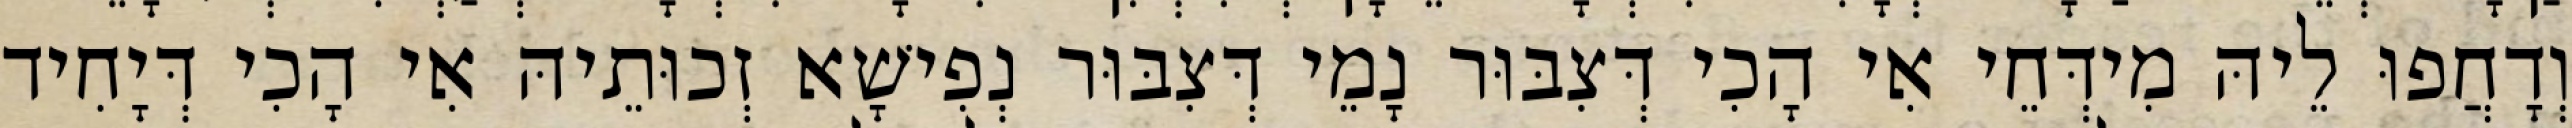
וְדָחֲפוּ לֵיהּ מִידְּחֵי אִי הָכִי דְּצִבּוּר נָמֵי דְּצִבּוּר נְפִישָׁא זְכוּתֵיהּ אִי הָכִי דְּיָחִיד